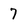
Character: 7